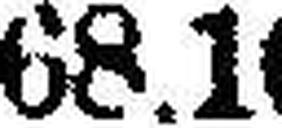
68.10